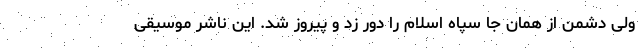
ولی دشمن از همان جا سپاه اسلام را دور زد و پیروز شد. این ناشر موسیقی